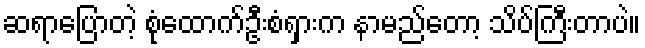
ဆရာပြောတဲ့ စုံထောက်ဦးစံရှားက နာမည်တော့ သိပ်ကြီးတာပဲ။